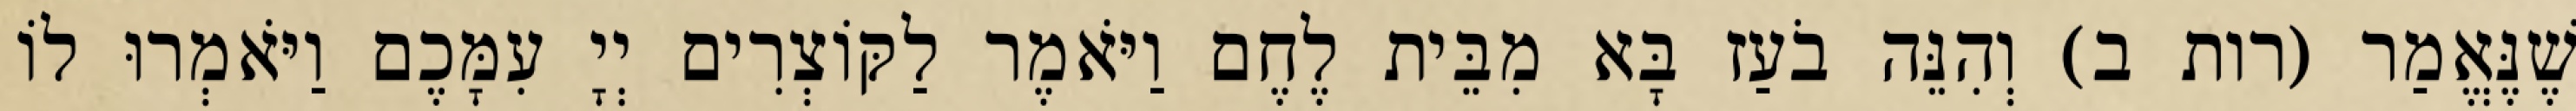
שֶׁנֶּאֱמַר (רות ב) וְהִנֵּה בֹעַז בָּא מִבֵּית לֶחֶם וַיֹּאמֶר לַקּוֹצְרִים יְיָ עִמָּכֶם וַיֹּאמְרוּ לוֹ